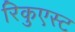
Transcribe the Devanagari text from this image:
रिकुएस्ट